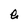
Character: e